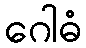
ဂေါဓံ